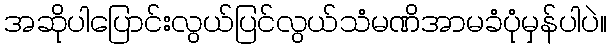
အဆိုပါပြောင်းလွယ်ပြင်လွယ်သံမဏိအာမခံပုံမှန်ပါပဲ။